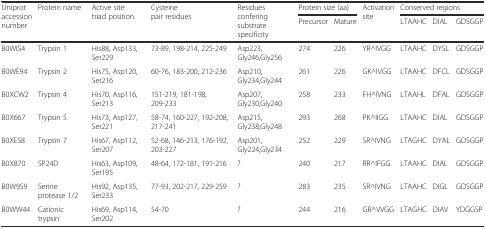
| <ROWSPAN=2> Uniprot accession number | <ROWSPAN=2> Protein name | <ROWSPAN=2> Active sitetriad position | <ROWSPAN=2> Cysteine pair residues | <ROWSPAN=2> Residues confering substrate specificity | <COLSPAN=2> Protein size (aa) | <ROWSPAN=2> Activation site | <COLSPAN=3> Conserved regions |
 | Precursor | Mature | LTAAHC | DIAL | GDSGGP |
 | --- | --- | --- | --- | --- | --- | --- | --- | --- | --- | --- |
 | B0WIS4 | Trypsin 1 | His88, Asp133, Ser229 | 73-89, 198-214, 225-249 | Asp223, Gly246,Gly256 | 274 | 226 | YR^IVGG | LTAAHC | DYSL | GDSGGP |
 | B0WE94 | Trypsin 2 | His75, Asp120, Ser216 | 60-76, 183-200, 212-236 | Asp210, Gly234,Gly244 | 261 | 226 | GK^IVGG | LTAAHC | DFCL | GDSGGP |
 | B0XCW2 | Trypsin 4 | His70, Asp116, Ser213 | 151-219, 181-198, 209-233 | Asp207, Gly230,Gly240 | 258 | 233 | FH^IVNG | LTAAHL | DFAL | GDSGGP |
 | B0X667 | Trypsin 5 | His73, Asp127, Ser221 | 58-74, 160-227, 192-208, 217-241 | Asp215, Gly238,Gly248 | 293 | 268 | PK^IIGG | LTAAHC | DIAL | GDSGGP |
 | B0XES8 | Trypsin 7 | His67, Asp112, Ser207 | 52-68, 146-213, 176-192, 203-227 | Asp201, Gly224,Gly234 | 252 | 229 | SR^IVNG | LTAGHC | DYAL | GDSGGP |
 | B0X870 | SP24D | His63, Asp109, Ser195 | 48-64, 172-181, 191-216 | ? | 240 | 217 | RR^IFGG | LTAAHC | DIAL | GDSGGP |
 | B0W9S9 | Serine protease 1/2 | His92, Asp135, Ser233 | 77-93, 202-217, 229-259 | ? | 283 | 235 | SR^IVNG | LTAAHC | DIGL | GDSGGP |
 | B0WW44 | Cationic trypsin | His69, Asp114, Ser202 | 54-70 | ? | 244 | 216 | GR^VVGG | LTAGHC | DIAV | YDGGSP |